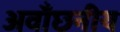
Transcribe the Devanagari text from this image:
अवाँछनीय